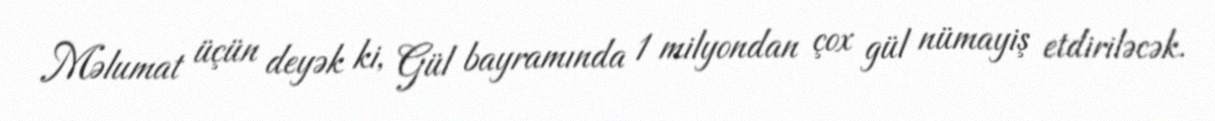
Məlumat üçün deyək ki, Gül bayramında 1 milyondan çox gül nümayiş etdiriləcək.